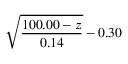
\displaystyle { \sqrt { \frac { 1 0 0 . 0 0 - z } { 0 . 1 4 } } - 0 . 3 0 }